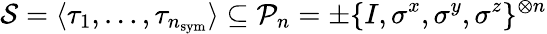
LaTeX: \mathcal{S}=\langle\tau_{1},\dots,\tau_{n_{\mathrm{sym}}}\rangle\subseteq\mathcal{P}_{n}=\pm\{ I,\sigma^{x},\sigma^{y},\sigma^{z}\} ^{\otimes n}